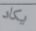
يكاد